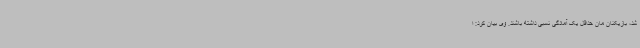
شد، بازیکنان مان حداقل یک آمادگی نسبی داشته باشند. وی بیان کرد: ا